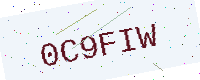
Text: 0C9FIW